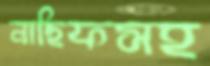
নাছিফসহ